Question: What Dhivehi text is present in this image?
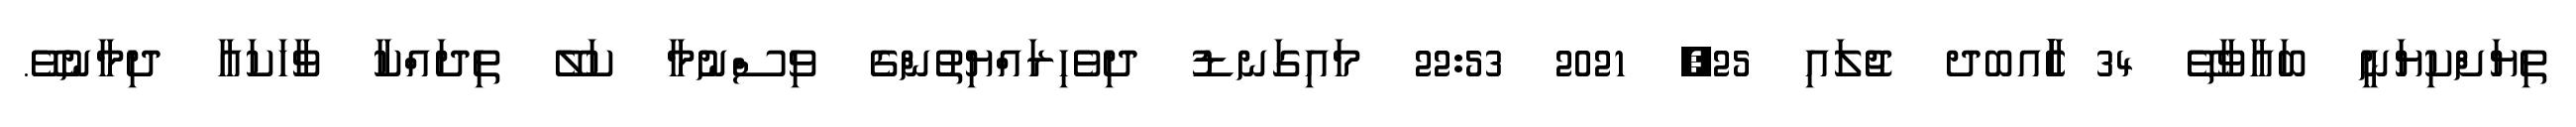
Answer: ތިޔަށްކިޔަނީ ބަޣާވާތޭ 34 ާަެެައބދ ޖުލައި 25, 2021 22:53 މައިގަނޑު ދިވެހިރައްޔިތުންގެ ވިސްނުމާ ކަލޭ ތިދައްކާ ވާހަކައާ ދިމާނުވޭ.